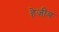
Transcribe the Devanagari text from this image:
हेजीब